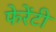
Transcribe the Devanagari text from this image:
फेरेंटी